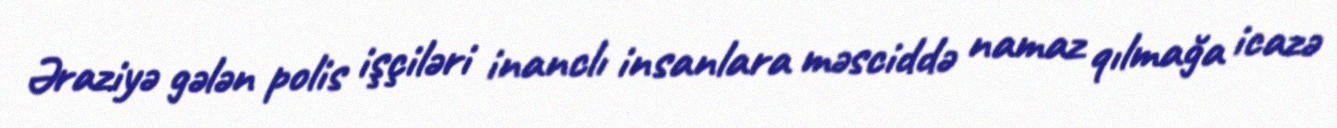
Əraziyə gələn polis işçiləri inanclı insanlara məsciddə namaz qılmağa icazə